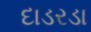
દાડરડા